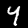
Label: 4